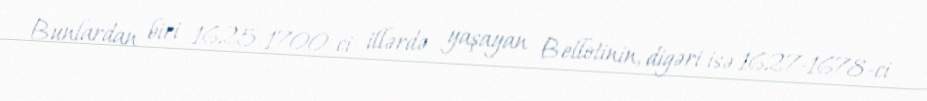
Bunlardan biri 1625-1700-ci illərdə yaşayan Bellotinin, digəri isə 1627-1678-ci